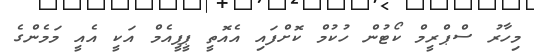
މިހާރު ސްޕްރީމް ކޯޓުން ހުކުމް ކޮށްފައި އެއޮތީ ޕީޕީއެމް އަކީ އެއީ މަމެންގެ